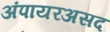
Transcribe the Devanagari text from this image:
अंपायरअसद